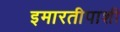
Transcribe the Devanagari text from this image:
इमारतीपाशी